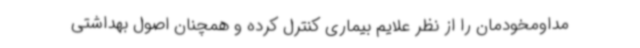
مداومخودمان را از نظر علایم بیماری کنترل کرده و همچنان اصول بهداشتی